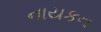
નાયકન